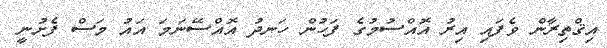
އިޤްތިރާން ވެފައި އިރު އޮއްސުމުގެ ފަހުން ހަނދު އޮއްސޭނަމަ އައު މަސް ފެށުނީ